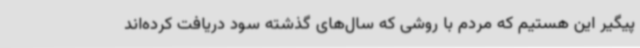
پیگیر این هستیم که مردم با روشی که سال‌های گذشته سود دریافت کرده‌اند